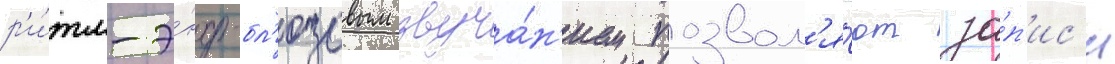
р'и́тм-э́нд-бл'юзовым звуча́н'ием позвол'я́ют за́п'ис'и